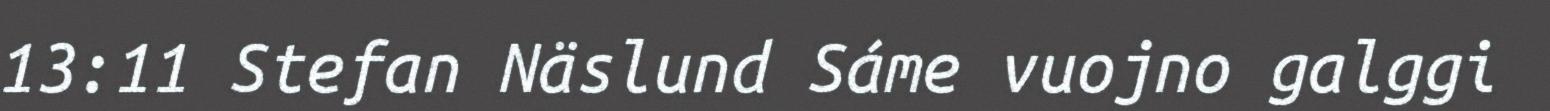
13:11 Stefan Näslund Sáme vuojno galggi